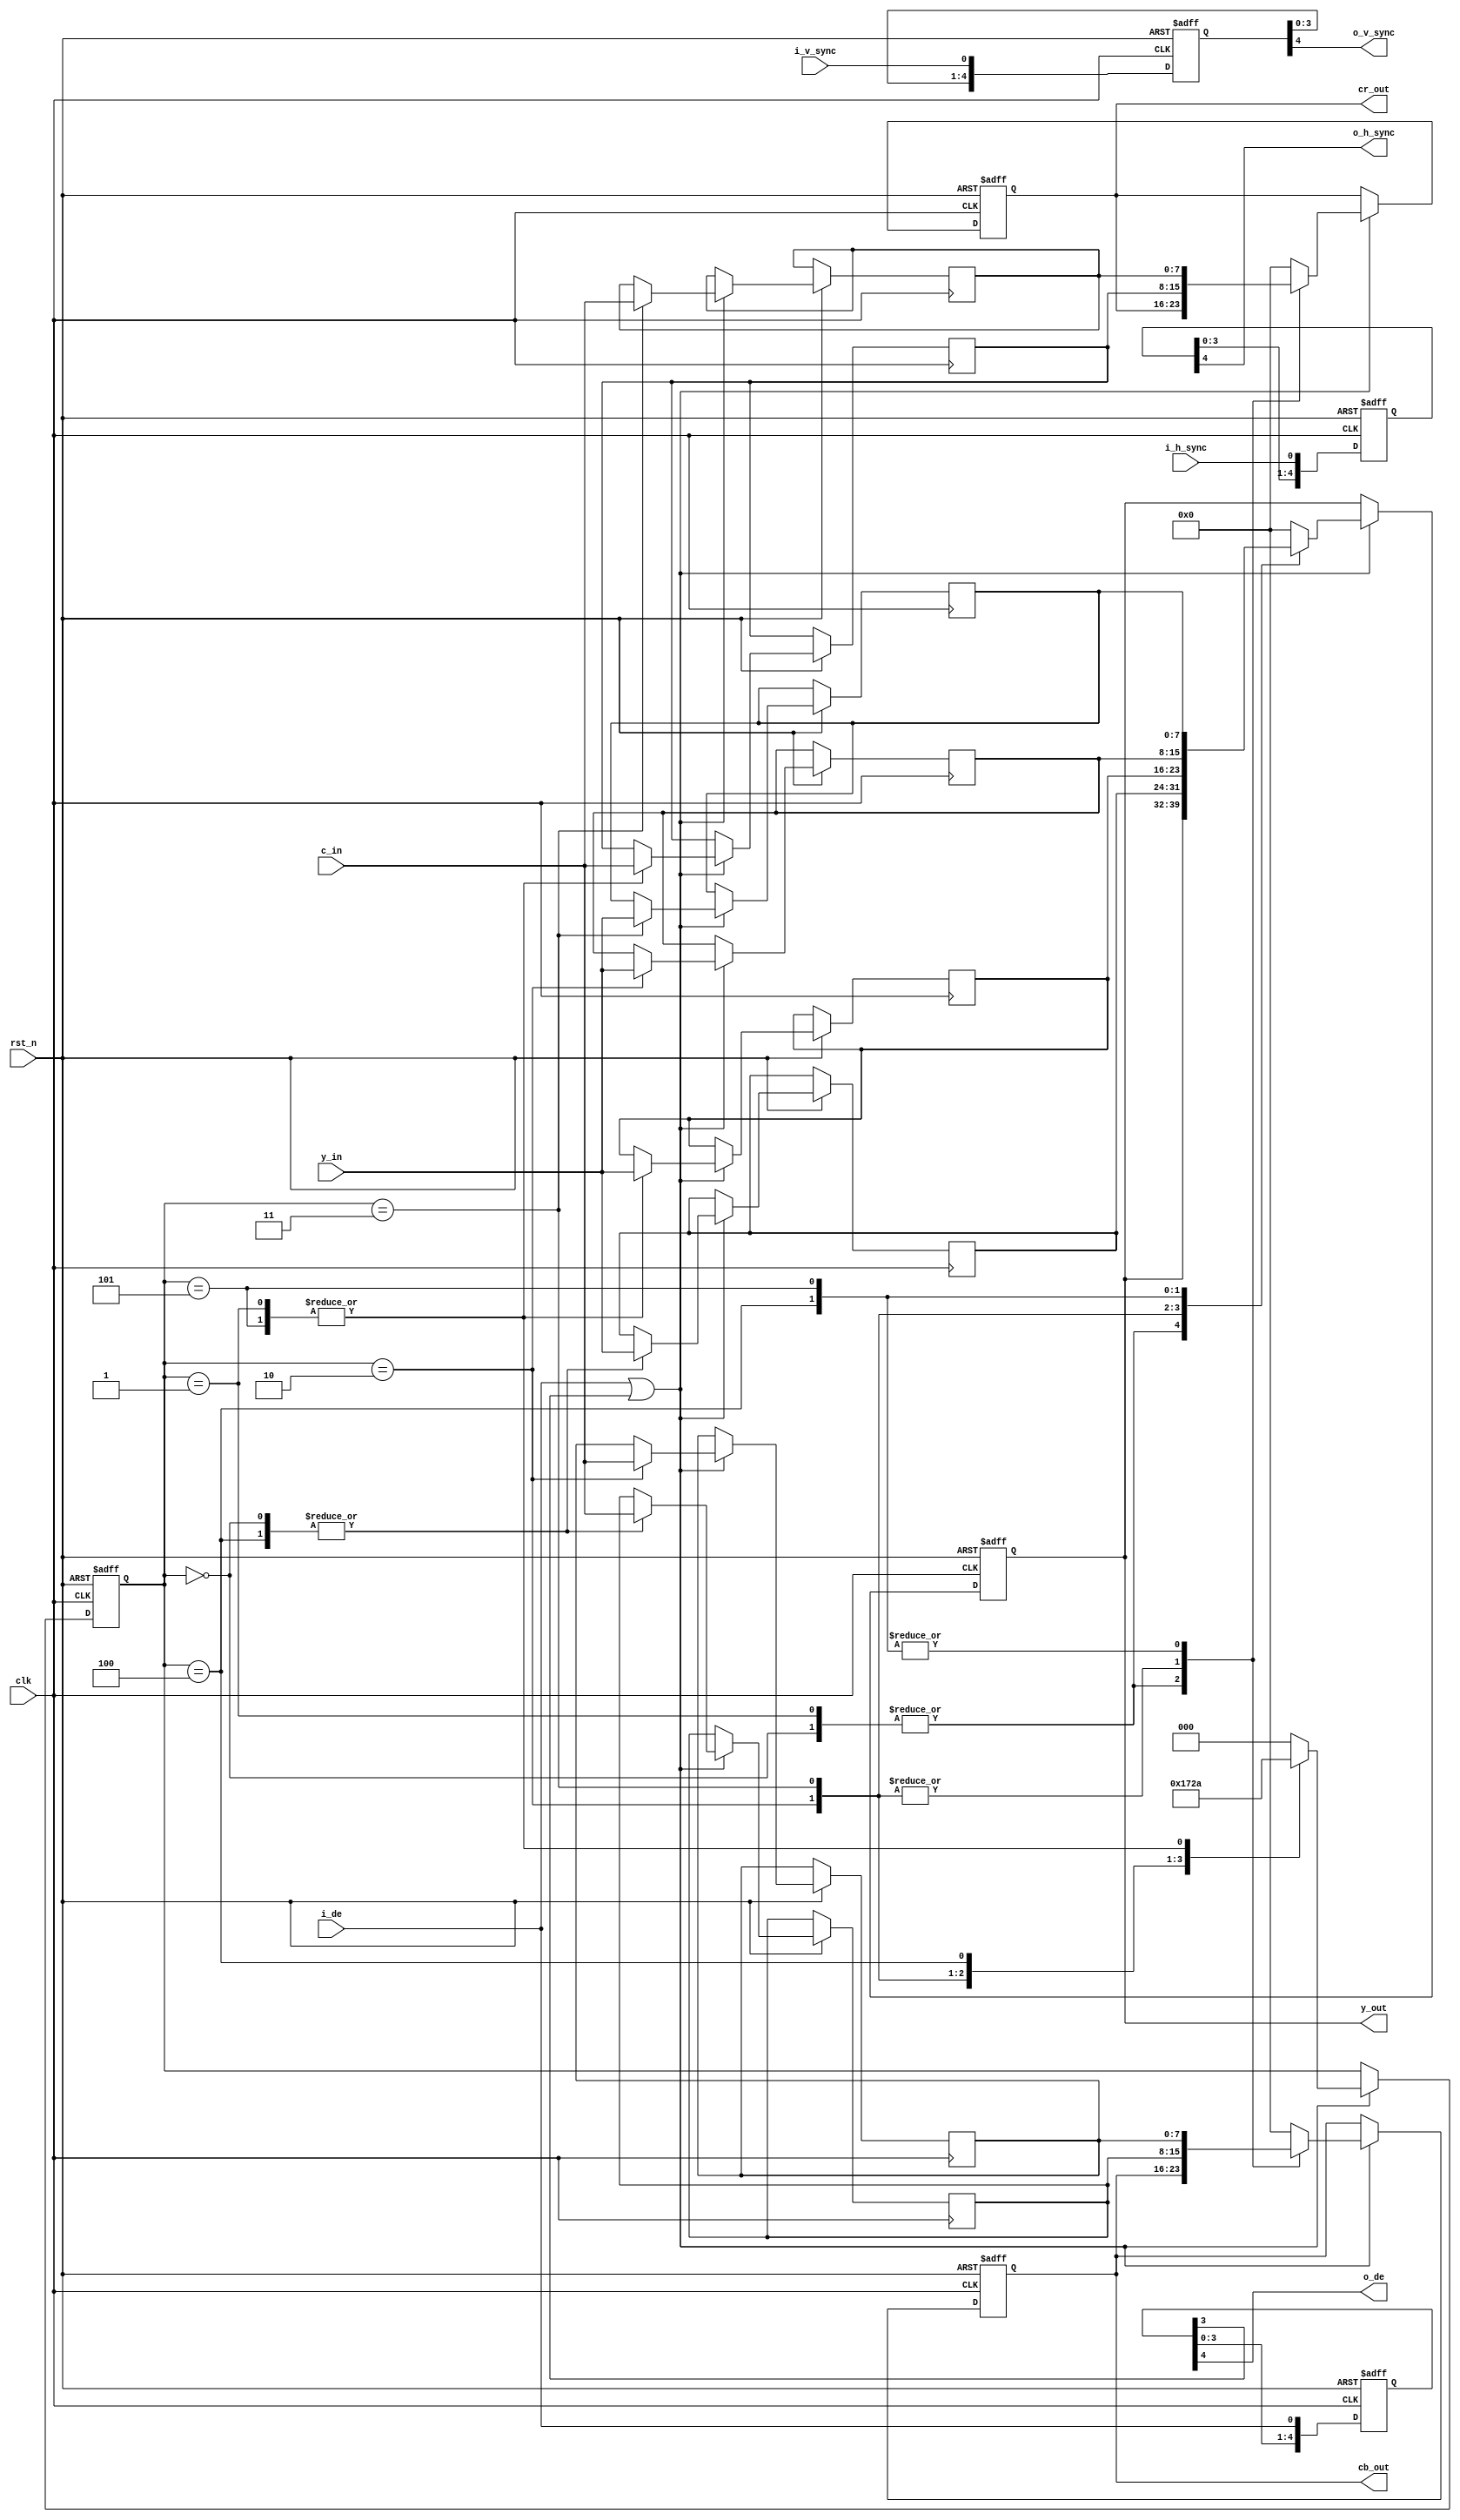
module yuv422_2_ycbcr444(
  input         rst_n    ,   
  input         clk     ,
           
  input         i_v_sync ,
  input         i_h_sync ,
  input         i_de    ,
  input  [7:0] c_in  ,
  input [7:0] 	y_in,
           
 output       o_v_sync,
 output       o_h_sync,
 output       o_de   ,
 output  [7:0] y_out    ,
 output  [7:0] cb_out   ,
 output  [7:0] cr_out   

);

//===================================================================  
wire [15:0] ycbcr_in = {c_in,y_in};
  reg [4:0]vsync_dly,hsync_dly,de_dly;
always @ (posedge clk or negedge rst_n)
begin
	if(!rst_n)begin
		vsync_dly <= 0;
		hsync_dly <= 0;
		de_dly    <=0;
	end
	else begin
		vsync_dly <= {vsync_dly[3:0],i_v_sync};
		hsync_dly <= {hsync_dly[3:0],i_h_sync};
		de_dly    <= {de_dly[3:0]  ,i_de   };
	end
end

wire  o_v_sync = vsync_dly[4];                       //打5拍
wire  o_h_sync = hsync_dly[4];
wire  o_de    = de_dly[4];


//===================================================================
  reg     [7:0]cb0,cb1;
  reg     [7:0]cr0,cr1;
  reg     [7:0]Y0,Y1,Y2,Y3;
  reg     [2:0]yuv_state;
  reg     [7:0]y_out,cb_out,cr_out;
always @ (posedge clk or negedge rst_n)
  begin
  	if(!rst_n)begin
  			y_out <= 8'd0;
  			cb_out<= 8'd0;
  			cr_out<= 8'd0;
  			yuv_state<=3'd0;
  	end else if(i_de || de_dly[3])begin    //补充两个DE信号
    case(yuv_state)
    3'd0: begin  //（ 1） 寄存 Cb0、 Y0
    	{cb0,Y0} <= ycbcr_in;
    	yuv_state<=3'd1; 				
    end
    3'd1: begin //（ 2） 寄存 cr0、 Y1
  	    	{cr0,Y1} <= ycbcr_in;
  		yuv_state<=3'd2;	    	
  	 end
  	 3'd2: begin //（ 3） 输出 Y0、 cb0、 cr0， 寄存 cb1、 Y2
  	    	{cb1,Y2} <= ycbcr_in;
  	    	{y_out,cb_out,cr_out} <= {Y0,cb0,cr0};
  	    	yuv_state<=3'd3;
  	 end  	    	    
  	 3'd3: begin //（ 4） 输出 Y1、 cb0、 cr0， 寄存 cr1、 Y3
  	    	{cr1,Y3} <= ycbcr_in;
  	    	{y_out,cb_out,cr_out} <= {Y1,cb0,cr0};
  	    	yuv_state<=3'd4;
  	  end  	    
  	 3'd4: begin //（ 5） 输出 Y2、 cb1、 cr1， 寄存 cb0、 Y0
  	    	{cb0,Y0} <= ycbcr_in;
  	    	{y_out,cb_out,cr_out} <= {Y2,cb1,cr1};
  	    	yuv_state<=3'd5;
  	  end  					 
    3'd5: begin //（ 6） 输出 Y3、 cb1、 cr1， 寄存 cr0、 Y1
  		{cr0,Y1} <= ycbcr_in;
           {y_out,cb_out,cr_out} <= {Y3,cb1,cr1};
  		yuv_state<=3'd2;
  	end
    default:begin
          y_out <= 8'd0;
	       cb_out<= 8'd0;
	       cr_out<= 8'd0;
	       yuv_state<=3'd0;
	end	   		
  endcase	
  	end
end
endmodule